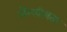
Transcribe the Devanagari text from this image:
अरैखीयता